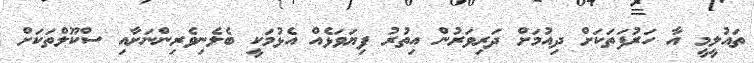
ތައުލީމީ އާ ހަރުފަތަކަށް ދިއުމަށް ދަރިވަރުން އިތުރު ފިޔަވަޅެއް އެޅުމަކީ ބެލެނިވެރިންނަށާއި ސްކޫލްތަކަށް